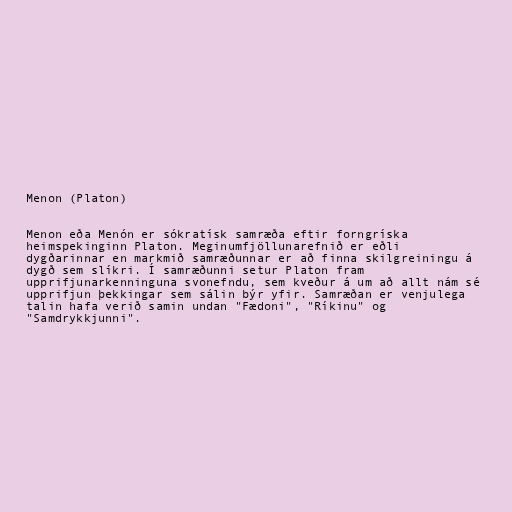
Menon (Platon)

Menon eða Menón er sókratísk samræða eftir forngríska
heimspekinginn Platon. Meginumfjöllunarefnið er eðli
dygðarinnar en markmið samræðunnar er að finna skilgreiningu á
dygð sem slíkri. Í samræðunni setur Platon fram
upprifjunarkenninguna svonefndu, sem kveður á um að allt nám sé
upprifjun þekkingar sem sálin býr yfir. Samræðan er venjulega
talin hafa verið samin undan "Fædoni", "Ríkinu" og
"Samdrykkjunni".